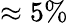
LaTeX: \approx 5\%